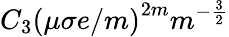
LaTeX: C_{3}\left(\mu\sigma e/m\right)^{2m}m^{-\frac{3}{2}}